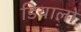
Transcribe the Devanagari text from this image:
डियालो